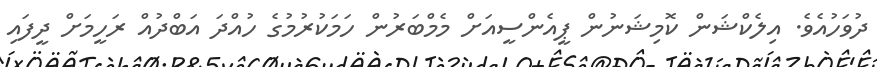
ދުވަހުއެވެ. އިލެކްޝަން ކޮމިޝަނުން ޕީއެންސީއަށް މެމްބަރުން ހަމަކުރުމުގެ ހުއްދަ އަބްދުއް ރަހީމަށް ދީފައި